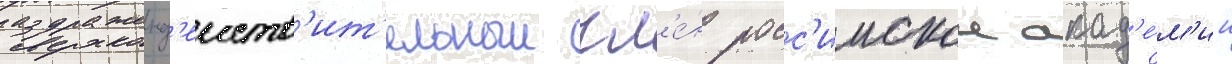
раздраженд'еиств'ит'ельныи чл'е́н росс'иискои акад'е́м'ии